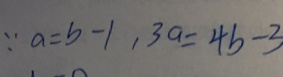
\because a = b - 1 , 3 a = 4 b - 3